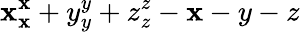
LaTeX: \mathbf{x}_{\mathbf{x}}^{\mathbf{x}}+y_{y}^{y}+z_{z}^{z}-\mathbf{x}-y-z